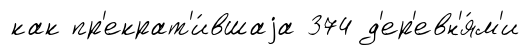
как пр'екрат'и́вшаjа 374 д'ер'евн'я́м'и